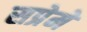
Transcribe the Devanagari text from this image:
सप्रेमें